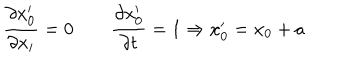
LaTeX: { \frac { \partial x _ { 0 } ^ { \prime } } { \partial x _ { i } } } = 0 \qquad { \frac { \partial x _ { 0 } ^ { \prime } } { \partial t } } = 1 \Rightarrow x _ { 0 } ^ { \prime } = x _ { 0 } + a